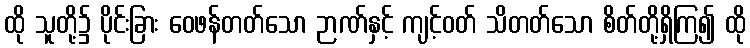
ထို သူတို့၌ ပိုင်းခြား ဝေဖန်တတ်သော ဉာဏ်နှင့် ကျင့်ဝတ် သိတတ်သော စိတ်တို့ရှိကြ၍ ထို